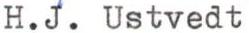
H.J. Ustvedt